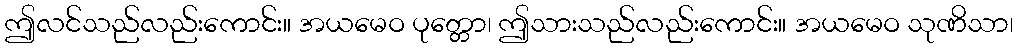
ဤလင်သည်လည်းကောင်း။ အယမေဝ ပုတ္တော၊ ဤသားသည်လည်းကောင်း။ အယမေဝ သုဏိသာ၊